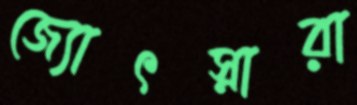
জ্যোৎস্নারা